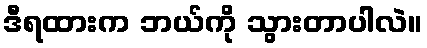
ဒီရထားက ဘယ်ကို သွားတာပါလဲ။